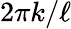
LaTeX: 2\pi k/\ell